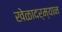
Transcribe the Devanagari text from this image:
खेळादर्म्यान